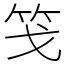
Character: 䇝